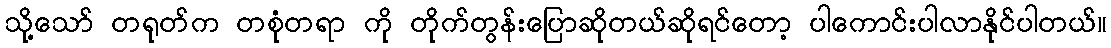
သို့သော် တရုတ်က တစုံတရာ ကို တိုက်တွန်းပြောဆိုတယ်ဆိုရင်တော့ ပါကောင်းပါလာနိုင်ပါတယ်။